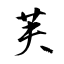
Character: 芙